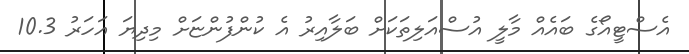
އެސްޓީއޯގެ ބައެއް މާލީ އުސްއަލިތަކަށް ބަލާއިރު އެ ކުންފުންޏަށް މިދިޔަ އަހަރު 10.3